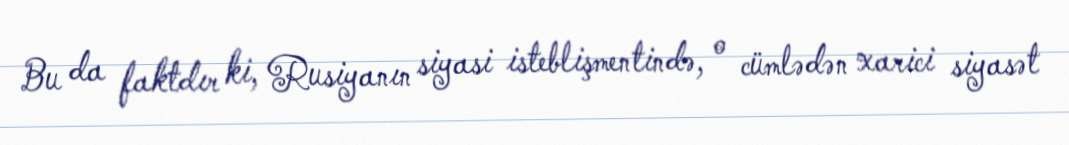
Bu da faktdır ki, Rusiyanın siyasi isteblişmentində, o cümlədən xarici siyasət